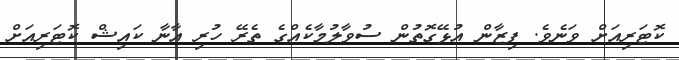
ކޮޓަރިއަށް ވަނެވެ. ފިޒާން އުޅޭގޮތުން ސުވާލުމާކެއްގެ ތެރޭ ހުރި އާނާ ކައިޝް ކޮޓަރިއަށް